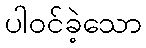
ပါဝင်ခဲ့သော